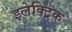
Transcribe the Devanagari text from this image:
इलेक्ट्रिक